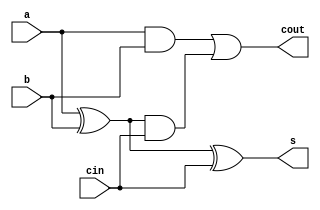
module full_adder_gate_level(a,b,cin,s,cout);
input a,b,cin;
output s,cout;
wire x1,x2,x3;
xor(x1,a,b);
and(x2,a,b);
xor(s,x1,cin);
and(x3,x1,cin);
or(cout,x2,x3);
endmodule